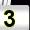
Digit: 3